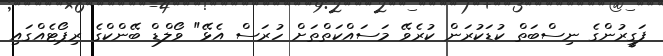
ފަގީރުންގެ ނިސްބަތް ކުޑަކުރަން ކުރެވޭ މަސައްކަތްތަށް ހުރަސް އެޅޭ" ވޯލްޑް ބޭންކްގެ ރިޕޯޓެއްގައި